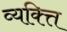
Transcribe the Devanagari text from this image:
व्यक्त्ति